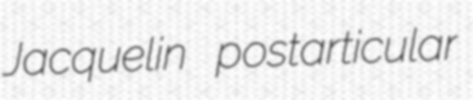
Jacquelin postarticular